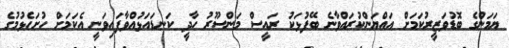
ޔަމަންގެ ބޮޑުވަޒީރުކަމަށް އައްޔަންކުރައްވާނެ ބޭފުޅަކު ރައީސް މަންސޫރު ހާދީ ކަނޑައަޅުއްވާފައިވަނީ އެކަމަށް ހުށަހެޅުމުގެ